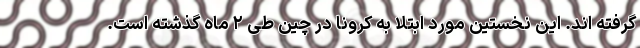
گرفته اند. این نخستین مورد ابتلا به کرونا در چین طی ۲ ماه گذشته است.